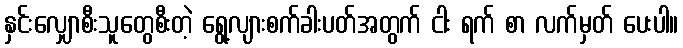
နှင်းလျှောစီးသူတွေစီးတဲ့ ရွေ့လျားစက်ခါးပတ်အတွက် ငါး ရက် စာ လက်မှတ် ပေးပါ။